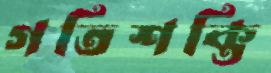
গতিশক্তি